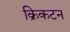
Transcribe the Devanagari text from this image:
क्रिकटन